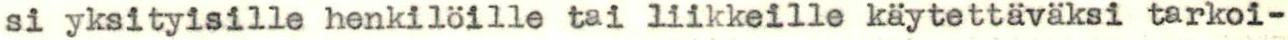
si yksityisille henkilöille tai liikkeille käytettäväksi tarkoi-